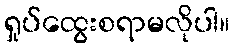
ရှုပ်ထွေးစရာမလိုပါ။